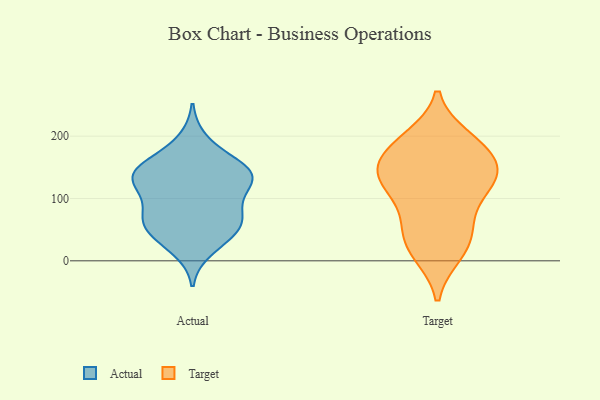
{"axis": {"x": "Shipments", "y": "Value"}, "legend": ["Actual", "Target"], "data": [{"x": "", "y": 139, "type": "Actual"}, {"x": "", "y": 162, "type": "Actual"}, {"x": "", "y": 108, "type": "Actual"}, {"x": "", "y": 64, "type": "Actual"}, {"x": "", "y": 149, "type": "Actual"}, {"x": "", "y": 193, "type": "Actual"}, {"x": "", "y": 61, "type": "Actual"}, {"x": "", "y": 125, "type": "Actual"}, {"x": "", "y": 138, "type": "Actual"}, {"x": "", "y": 59, "type": "Actual"}, {"x": "", "y": 77, "type": "Actual"}, {"x": "", "y": 18, "type": "Actual"}, {"x": "", "y": 45, "type": "Actual"}, {"x": "", "y": 130, "type": "Actual"}, {"x": "", "y": 131, "type": "Actual"}, {"x": "", "y": 83, "type": "Actual"}, {"x": "", "y": 38, "type": "Actual"}, {"x": "", "y": 145, "type": "Actual"}, {"x": "", "y": 181, "type": "Target"}, {"x": "", "y": 191, "type": "Target"}, {"x": "", "y": 140, "type": "Target"}, {"x": "", "y": 185, "type": "Target"}, {"x": "", "y": 144, "type": "Target"}, {"x": "", "y": 97, "type": "Target"}, {"x": "", "y": 197, "type": "Target"}, {"x": "", "y": 103, "type": "Target"}, {"x": "", "y": 37, "type": "Target"}, {"x": "", "y": 12, "type": "Target"}, {"x": "", "y": 147, "type": "Target"}, {"x": "", "y": 50, "type": "Target"}, {"x": "", "y": 55, "type": "Target"}, {"x": "", "y": 126, "type": "Target"}, {"x": "", "y": 11, "type": "Target"}, {"x": "", "y": 143, "type": "Target"}, {"x": "", "y": 138, "type": "Target"}]}